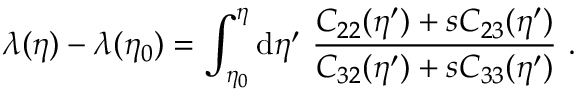
\lambda ( \eta ) - \lambda ( \eta _ { 0 } ) = \int _ { \eta _ { 0 } } ^ { \eta } \mathrm { d } \eta ^ { \prime } \ \frac { C _ { 2 2 } ( \eta ^ { \prime } ) + s C _ { 2 3 } ( \eta ^ { \prime } ) } { C _ { 3 2 } ( \eta ^ { \prime } ) + s C _ { 3 3 } ( \eta ^ { \prime } ) } \ .